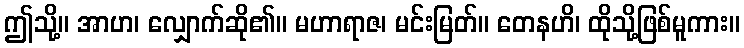
ဤသို့။ အာဟ၊ လျှောက်ဆို၏။ မဟာရာဇ၊ မင်းမြတ်။ တေနဟိ၊ ထိုသို့ဖြစ်မူကား။